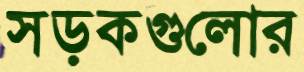
সড়কগুলোর